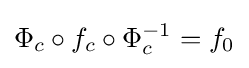
\Phi _{c}\circ f_{c}\circ \Phi _{c}^{-1}=f_{0}